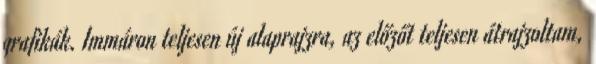
grafikák. Immáron teljesen új alaprajzra, az előzőt teljesen átrajzoltam,